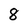
Character: 8